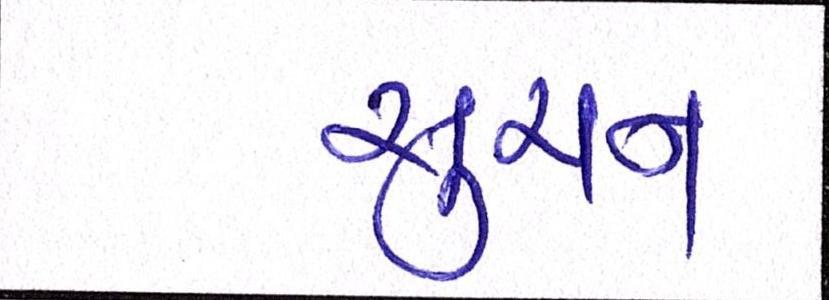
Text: સુચન